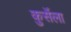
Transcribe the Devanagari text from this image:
कुर्सेला